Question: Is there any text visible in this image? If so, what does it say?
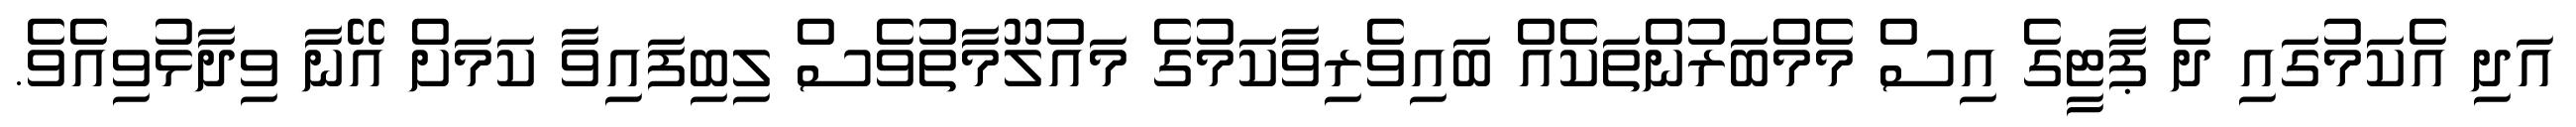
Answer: އަދި އެކަމުގައި ދެ ޕާޓީގެ އިސް މެމްބަރުންތަކެއް ބައިވެރިވާކަމުގެ މައުލޫމާތުވެސް ލިބިފައިވާ ކަމަށް އޭނާ ވިދާޅުވިއެވެ.